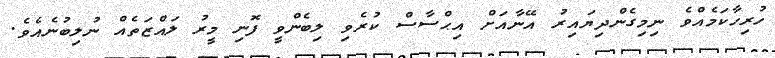
ހުރިހާކަމެއްވެ ނިމިގެންދިޔައިރު އޭނާއަށް އިޙްސާސް ކުރެވި ލިބެންވީ ފޮނި މީރު ލައްޒަތެއް ނުލިބުނެއެވެ.